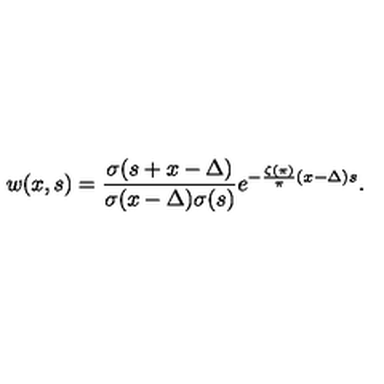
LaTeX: w ( x , s ) = \frac { \sigma ( s + x - \Delta ) } { \sigma ( x - \Delta ) \sigma ( s ) } e ^ { - \frac { \zeta ( \pi ) } { \pi } ( x - \Delta ) s } . \nonumber